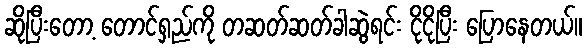
ဆိုပြီးတော့ တောင်ရှည်ကို တဆတ်ဆတ်ခါဆွဲရင်း ငိုငိုပြီး ပြောနေတယ်။